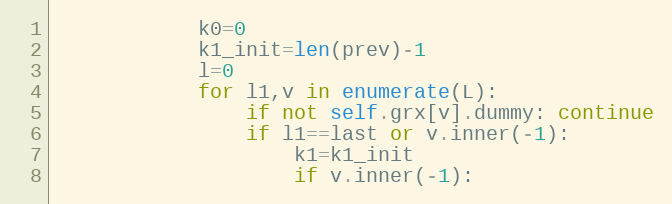
Language: Python
            k0=0
            k1_init=len(prev)-1
            l=0
            for l1,v in enumerate(L):
                if not self.grx[v].dummy: continue
                if l1==last or v.inner(-1):
                    k1=k1_init
                    if v.inner(-1):